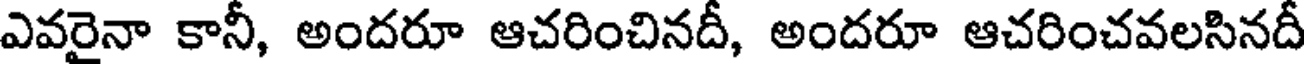
ఎవరైనా కానీ, అందరూ ఆచరించినదీ, అందరూ ఆచరించవలసినదీ